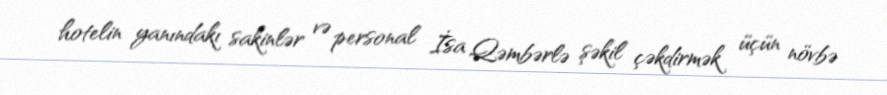
hotelin yanındakı sakinlər və personal İsa Qəmbərlə şəkil çəkdirmək üçün növbə